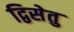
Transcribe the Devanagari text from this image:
द्विसेतु